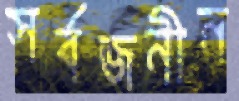
সর্বজনীন